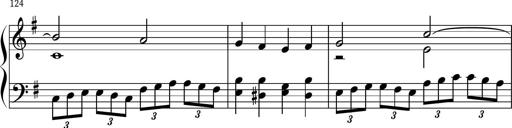
Title: Keyboard Sonatina in G
Composer: Michael Pogudin
Key: G major